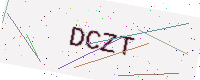
Text: DCZT